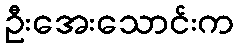
ဦးအေးသောင်းက